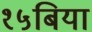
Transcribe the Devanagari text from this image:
१५बिया